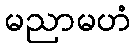
မညာမဟံ